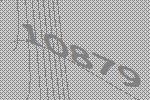
10879